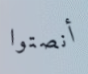
أنصتوا